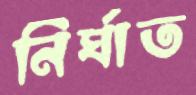
নির্ঘাত